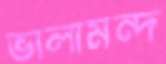
ভালামন্দ